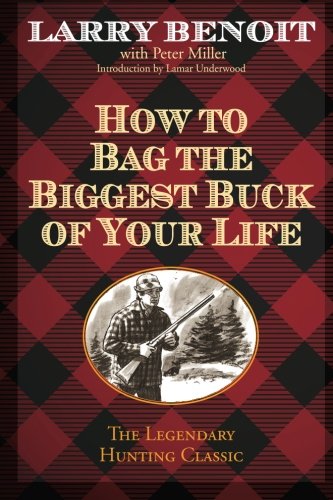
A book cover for How to Bag the Biggest Buck of Your Life; Larry Benoit; Sports & Outdoors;